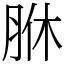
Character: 䏫